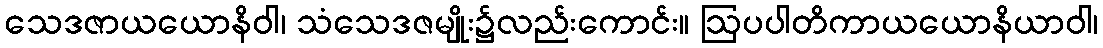
သေဒဇာယယောနိဝါ၊ သံသေဒဇမျိုး၌လည်းကောင်း။ ဩပပါတိကာယယောနိယာဝါ၊